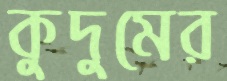
কুদুমের